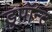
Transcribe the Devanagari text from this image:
डुपॉन्ट